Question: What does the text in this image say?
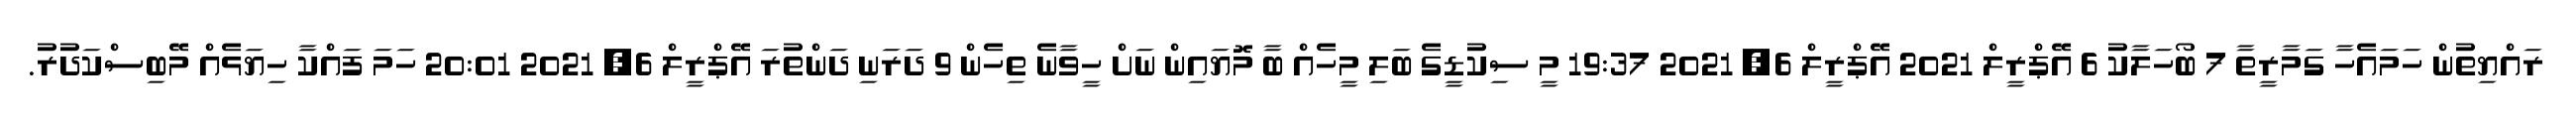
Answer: ރައްޔިތުން ހަމައެހާ ގަމާރީތާ 7 ބޯހަލާކު 6 އޭޕްރީލް 2021 އޭޕްރީލް 6, 2021 19:37 މީ ސިކުޑީގެ ބަލި މީހެއް ބާ މޮޔައިން ނަށް ހީވާނެ ތިހެން 9 ދަރަނި ދަންތުރަ އޭޕްރީލް 6, 2021 20:01 ހަމަ ފައްކާ ހިޔަޅެއް މޭބިސްކަދުރު.